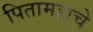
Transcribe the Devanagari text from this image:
पितामहाचे